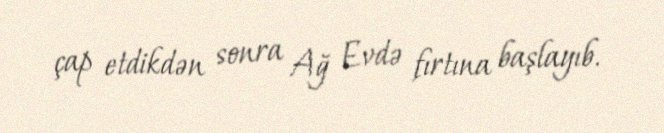
çap etdikdən sonra Ağ Evdə fırtına başlayıb.